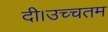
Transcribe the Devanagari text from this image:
दी।उच्चतम